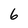
Character: 6